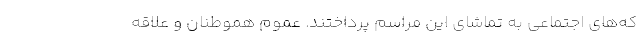
که‌های اجتماعی به تماشای این مراسم پرداختند. عموم هموطنان و علاقه